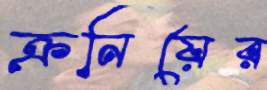
ক্রনিয়ের